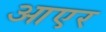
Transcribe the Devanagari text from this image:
आएर